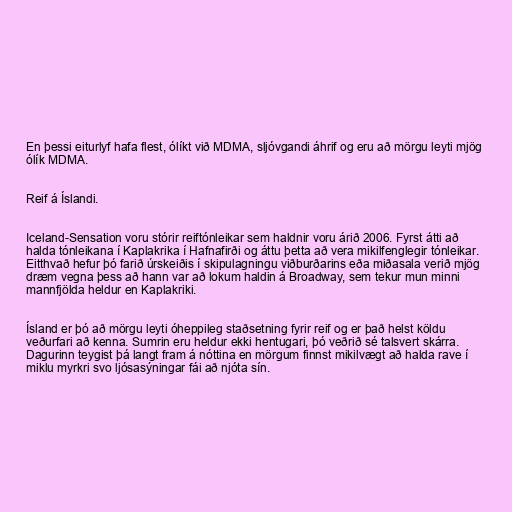
En þessi eiturlyf hafa flest, ólíkt við MDMA, sljóvgandi áhrif og eru að mörgu leyti mjög
ólík MDMA.

Reif á Íslandi.

Iceland-Sensation voru stórir reiftónleikar sem haldnir voru árið 2006. Fyrst átti að
halda tónleikana í Kaplakrika í Hafnafirði og áttu þetta að vera mikilfenglegir tónleikar.
Eitthvað hefur þó farið úrskeiðis í skipulagningu viðburðarins eða miðasala verið mjög
dræm vegna þess að hann var að lokum haldin á Broadway, sem tekur mun minni
mannfjölda heldur en Kaplakriki.

Ísland er þó að mörgu leyti óheppileg staðsetning fyrir reif og er það helst köldu
veðurfari að kenna. Sumrin eru heldur ekki hentugari, þó veðrið sé talsvert skárra.
Dagurinn teygist þá langt fram á nóttina en mörgum finnst mikilvægt að halda rave í
miklu myrkri svo ljósasýningar fái að njóta sín.